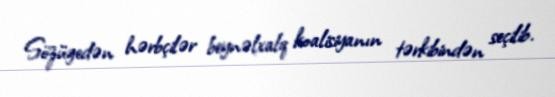
Sözügedən hərbçilər beynəlxalq koalisiyanın tərkibindən seçilib.